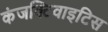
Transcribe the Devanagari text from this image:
कंजक्टिवाइटिस